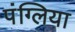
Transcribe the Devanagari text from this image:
पंग्लिया